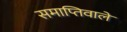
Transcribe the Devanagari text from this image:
समाप्तिवाले